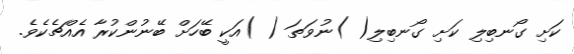
ކަށި ގޯނބިލި ކަށި ގޯނބިލި( )ނުވަތަ ( )އަކީ ބޭހަށް ބޭނުންކުރާ އެއްޗެކެވެ.